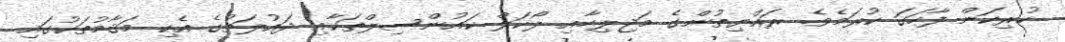
ހުރިކަން ފާހަގަ ކުރަމެވެ. ރައްޔިތުންގެ މަޖިލިހާއި ލޯކަލް ކައުންސިލްތަކާއި ދައުލަތުގެ އެކި މަޤާމުތަކުގައި